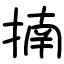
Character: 揇